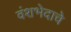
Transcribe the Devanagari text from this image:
वंशभेदाचे